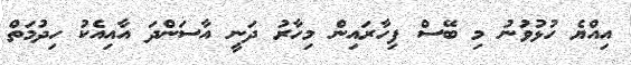
އިއްޔެ ހުޅުވުނު މި ބޭސް ފިހާރައިން މިހާރު ދަނީ އާސަންދަ އާއިއެކު ހިދުމަތް